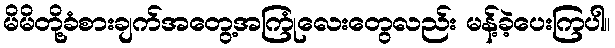
မိမိတို့ခံစားချက်အတွေ့အကြုံလေးတွေလည်း မန့်ခဲ့ပေးကြပါ။